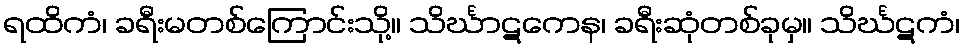
ရထိကံ၊ ခရီးမတစ်ကြောင်းသို့။ သိင်္ဃာဋကေန၊ ခရီးဆုံတစ်ခုမှ။ သိင်္ဃဋကံ၊